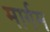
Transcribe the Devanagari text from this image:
मार्गम